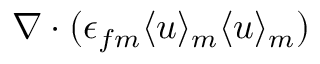
\nabla \boldsymbol { \cdot } ( \epsilon _ { f m } \langle \boldsymbol { u } \rangle _ { m } \langle \boldsymbol { u } \rangle _ { m } )